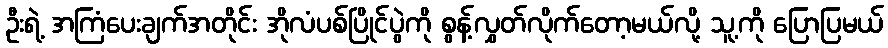
ဦးရဲ့ အကြံပေးချက်အတိုင်း အိုလံပစ်ပြိုင်ပွဲကို စွန့်လွှတ်လိုက်တော့မယ်လို့ သူ့ကို ပြောပြမယ်